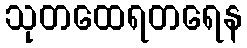
သုတထေရတရေန